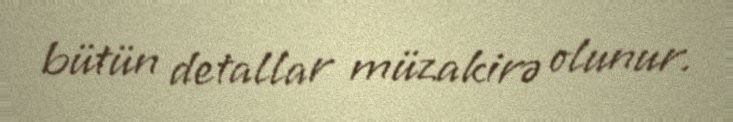
bütün detallar müzakirə olunur.